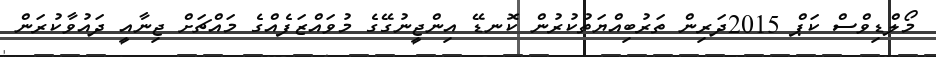
މޯލްޑިވްސް ކަޕް 2015ދަރިން ތަރުބިއްޔަތުކުރުން ކޮނޑޭ އިންޖީނުގޭގެ މުވައްޒަފެއްގެ މައްޗަށް ޖިނާއީ ދައުވާކުރަން